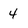
Character: 4